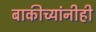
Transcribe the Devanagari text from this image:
बाकीच्यांनीही